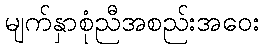
မျက်နှာစုံညီအစည်းအဝေး